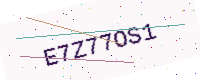
Text: E7Z77OS1